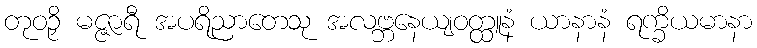
တုဝဉှိ မဇ္ဇာရီ အပရိညာတေသု အလဗ္ဘနေယျဝတ္ထူနံ ယာနာနံ ရက္ခိယမာနာ